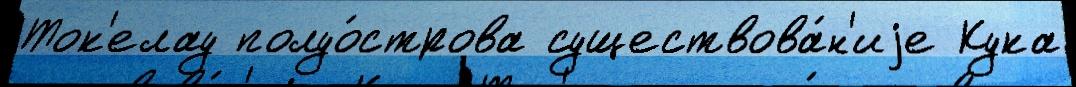
Ток'елау полуо́строва существова́н'иjе Кука